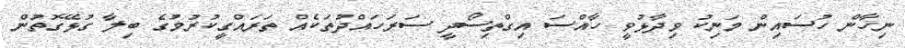
ނިހާން ހުސައިން މަނިކު ވިދާޅުވީ ހާއްސަ އިގްތިސޯދީ ސަރަހައްދުތަކެއް ތަރައްގީކުރުމުގެ ބިލާ ގުޅޭގޮތުން